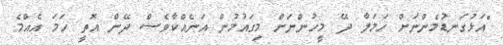
"އަޅުގަނޑުމެންނަށް ހަމަލާ ދޭ މީހުންނަށް މިގައުމުން އަނެއްކާވެސް ދޭން އޮތީ ހަމަ އެއްމެ